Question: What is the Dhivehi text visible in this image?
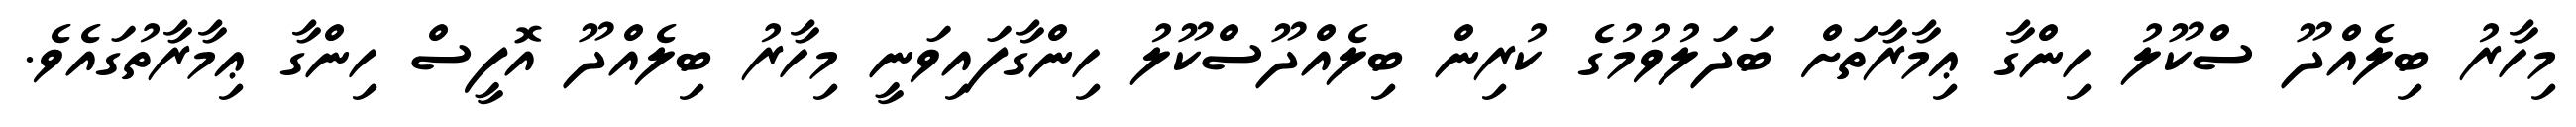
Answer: މިހާރު ބިލެއްދޫ ސްކޫލު ހިންގާ ޢިމާރާތަށް ބަދަލުވުމުގެ ކުރިން ބިލެއްދޫސްކޫލު ހިންގާފައިވަނީ މިހާރު ބިލެއްދޫ އޮފީސް ހިންގާ ޢިމާރާތުގައެވެ.